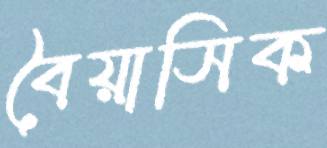
বৈয়াসিক